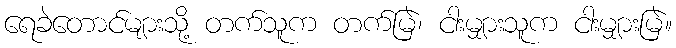
ရေခဲတောင်များသို့ တက်သူက တက်မြဲ၊ ငါးမျှားသူက ငါးမျှားမြဲ။